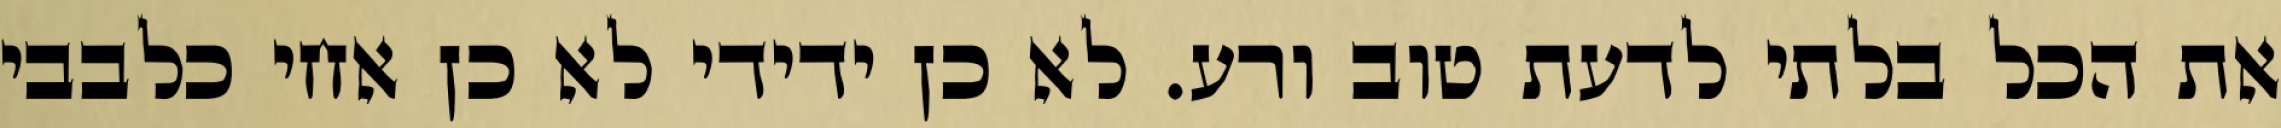
את הכל בלתי לדעת טוב ורע. לא כן ידידי לא כן אחי כלבבי